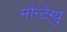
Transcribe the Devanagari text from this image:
मौन्टेग्यु